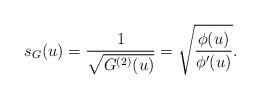
LaTeX: \begin{align*}s_{G}(u) = \frac{1}{\sqrt{G^{(2)}(u)}}=\sqrt{\frac{\phi(u)}{\phi'(u)}}.\end{align*}